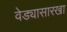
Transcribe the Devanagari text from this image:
वेड्यासारखा